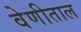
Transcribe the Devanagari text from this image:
वेणीताल